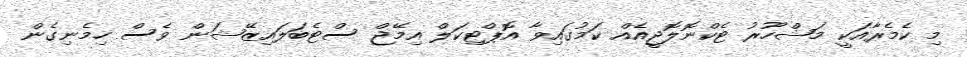
މި ކެމެރާއަކީ މަޝްހޫރު ޓެކްނޮލޮޖީއެއް ކަމުގައިވާ އޮޕްޓިކަލް އިމޭޖް ސްޓެބަލައިޒޭޝަން ވެސް ހިމެނިގެން